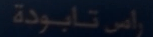
راس تابودة